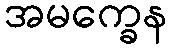
အမက္ခေန